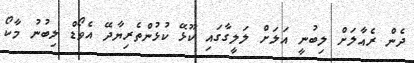
ދެން ރެއާލަށް ލިބުނީ އަލަށް ލަލީގާގައި ކޫޅޭ ކުޅުންތެރިޔާދޭ އެވޯޑް ލިބުނު މާކޯ